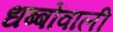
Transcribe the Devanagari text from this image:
धब्बोंवाली